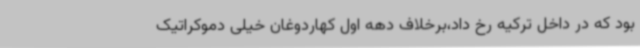
بود که در داخل ترکیه رخ داد،برخلاف دهه اول کهاردوغان خیلی دموکراتیک